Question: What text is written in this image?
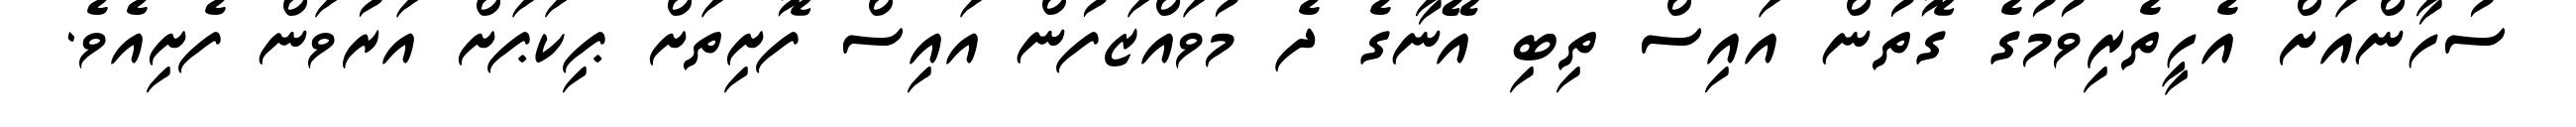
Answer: ސުހާންއަށް އެހީތެރިވުމުގެ ގޮތުން އައިސް ތިބި އޭނާގެ ދެ މުވައްޒަފުން އައިސް ފޮށިތަށް ޕިކަޕަށް އަރުވަން ފެށިއެވެ.